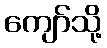
ကျော်သို့